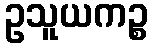
ဥသူယကဉ္စ